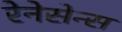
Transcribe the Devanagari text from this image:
रेनेसेन्स